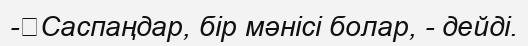
-	Саспаңдар, бір мәнісі болар, - дейді.